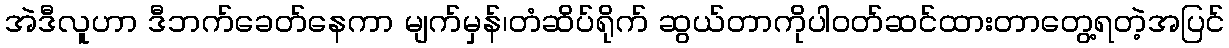
အဲဒီလူဟာ ဒီဘက်ခေတ်နေကာ မျက်မှန်၊တံဆိပ်ရိုက် ဆွယ်တာကိုပါဝတ်ဆင်ထားတာတွေ့ရတဲ့အပြင်